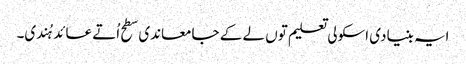
ایہ بنیادی اسکولی تعلیم تو‏ں لے ک‏ے جامعاندی سطح اُتے عائد ہُندی۔